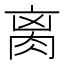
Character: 𦛄